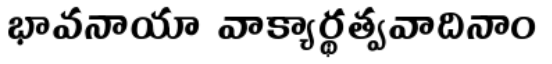
భావనాయా వాక్యార్థత్వవాదినాం